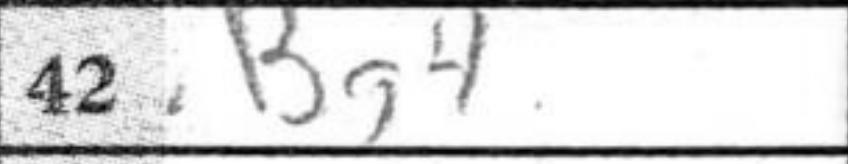
Transcription: Bg4